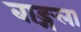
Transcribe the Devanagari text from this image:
बाङ्गला